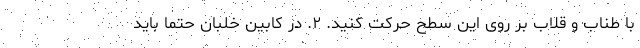
با طناب و قلاب بر روی این سطح حرکت کنید. ۲. در کابین خلبان حتما باید